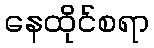
နေထိုင်စရာ